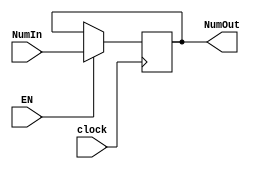
module REG1(clock, EN, NumIn, NumOut);
  input [3:0] NumIn;
  input EN, clock;
  output  [3:0] NumOut;
  reg [3:0] NumOut;
  always  @ (posedge clock) begin
    if(EN)
      {NumOut} <= NumIn;
  end
endmodule

module  ROTATOR(clock, EN, NumOr, NumRot);
  input [3:0] NumOr;
  input clock, EN;
  output  [3:0] NumRot;
  reg [3:0] NumRot;
  always  @ (posedge clock) begin
    if(EN)
      {NumRot}  <=  {NumOr[0], NumOr[3:1]};
  end
endmodule

module  MULTIPLIER(Op1, Op2, Product);
  input [3:0] Op1, Op2;
  output  [7:0] Product;
  reg [7:0] Product;
  reg [3:0] A, M, Q;
  reg C;
  integer count;
  always  @ (Op1 or Op2)  begin
    M = Op1;
    Q = Op2;
    C = 1'b0;
    A = 4'b0000;
    count = 4;
    while(count != 0) begin
      if(Q[0] == 1)
        {C, A} = A + M;
      {C, A, Q} = {1'b0, C, A, Q[3:1]};
      count = count - 1;
    end
    Product = {A, Q};
  end
endmodule

module DECODER(sel, out);
  input [3:0] sel;
  output  [15:0]  out;
  reg [15:0]  out;
  always  @ (sel) begin
    case(sel)
      4'h0: out = 16'h8000;
      4'h1: out = 16'h4000;
      4'h2: out = 16'h2000;
      4'h3: out = 16'h1000;
      4'h4: out = 16'h0800;
      4'h5: out = 16'h0400;
      4'h6: out = 16'h0200;
      4'h7: out = 16'h0100;
      4'h8: out = 16'h0080;
      4'h9: out = 16'h0040;
      4'hA: out = 16'h0020;
      4'hB: out = 16'h0010;
      4'hC: out = 16'h0008;
      4'hD: out = 16'h0004;
      4'hE: out = 16'h0002;
      4'hF: out = 16'h0001;
    endcase
  end
endmodule

module MEMORY(WE, DataToWrite, RegSel, ReadData);
  input WE;
  input [7:0] DataToWrite;
  input [15:0]  RegSel;
  output  [7:0] ReadData;
  reg [7:0] ReadData;
  reg [7:0] Mem [0:15];
  always  @ (WE or DataToWrite or RegSel) begin
    case(RegSel)
      16'h8000: begin
        if(WE)
          Mem[4'h0] = DataToWrite;
        {ReadData} = Mem[4'h0];
      end
      16'h4000: begin
        if(WE)
          Mem[4'h1] = DataToWrite;
        {ReadData} = Mem[4'h1];
      end
      16'h2000: begin
        if(WE)
          Mem[4'h2] = DataToWrite;
        {ReadData} = Mem[4'h2];
      end
      16'h1000: begin
        if(WE)
          Mem[4'h3] = DataToWrite;
        {ReadData} = Mem[4'h3];
      end
      16'h0800: begin
        if(WE)
          Mem[4'h4] = DataToWrite;
        {ReadData} = Mem[4'h4];
      end
      16'h0400: begin
        if(WE)
          Mem[4'h5] = DataToWrite;
        {ReadData} = Mem[4'h5];
      end
      16'h0200: begin
        if(WE)
          Mem[4'h6] = DataToWrite;
        {ReadData} = Mem[4'h6];
      end
      16'h0100: begin
        if(WE)
          Mem[4'h7] = DataToWrite;
        {ReadData} = Mem[4'h7];
      end
      16'h0080: begin
        if(WE)
          Mem[4'h8] = DataToWrite;
        {ReadData} = Mem[4'h8];
      end
      16'h0040: begin
        if(WE)
          Mem[4'h9] = DataToWrite;
        {ReadData} = Mem[4'h9];
      end
      16'h0020: begin
        if(WE)
          Mem[4'hA] = DataToWrite;
        {ReadData} = Mem[4'hA];
      end
      16'h0010: begin
        if(WE)
          Mem[4'hB] = DataToWrite;
        {ReadData} = Mem[4'hB];
      end
      16'h0008: begin
        if(WE)
          Mem[4'hC] = DataToWrite;
        {ReadData} = Mem[4'hC];
      end
      16'h0004: begin
        if(WE)
          Mem[4'hD] = DataToWrite;
        {ReadData} = Mem[4'hD];
      end
      16'h0002: begin
        if(WE)
          Mem[4'hE] = DataToWrite;
        {ReadData} = Mem[4'hE];
      end
      16'h0001: begin
        if(WE)
          Mem[4'hF] = DataToWrite;
        {ReadData} = Mem[4'hF];
      end
    endcase
  end
endmodule

module DATAPATH(Num, Key, StoredValue);
  input [3:0] Num, Key;
  output  [7:0] StoredValue;
  reg clock, EN, WE;
  reg [3:0] sel;
  wire  [3:0] RegOut, RotOut1, RotOut2;
  wire  [7:0] Encrypt;
  wire  [15:0]  Addr;
  initial begin
    #0  clock = 1'b1; EN = 1'b1; WE = 1'b1; sel = 4'h8;
  end
  always  begin
    #2  clock = ~clock;
  end
  REG1  mod1(clock, EN, Num, RegOut);
  ROTATOR mod2(clock, EN, RegOut, RotOut1);
  ROTATOR mod3(clock, EN, RotOut1, RotOut2);
  MULTIPLIER  mod4(RotOut2, Key, Encrypt);
  DECODER mod5(sel, Addr);
  MEMORY  mod6(WE, Encrypt, Addr, StoredValue);
endmodule

module TESTBENCH;
  reg [3:0] Num, Key;
  wire  [7:0] StoredValue;
  DATAPATH  mod(Num, Key, StoredValue);
  initial begin
    $monitor($time, " Number = %b, Key = %b, StoredValue = %b.", Num, Key, StoredValue);
    #0  Num = 4'b1000;  Key = 4'b1000;
    #20 Num = 4'b1001;  Key = 4'b1000;
    #20 Num = 4'b1100;  Key = 4'b1010;
    #20 Num = 4'b1011;  Key = 4'b1110;
    #50 $finish;
  end
endmodule